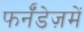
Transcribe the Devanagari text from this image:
फर्नॅंडेज़में